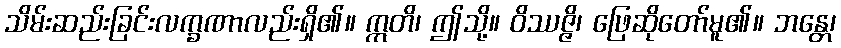
သိမ်းဆည်းခြင်းလက္ခဏာလည်းရှိ၏။ ဣတိ၊ ဤသို့။ ဝိဿဇ္ဇိ၊ ဖြေဆိုတော်မူ၏။ ဘန္တေ၊